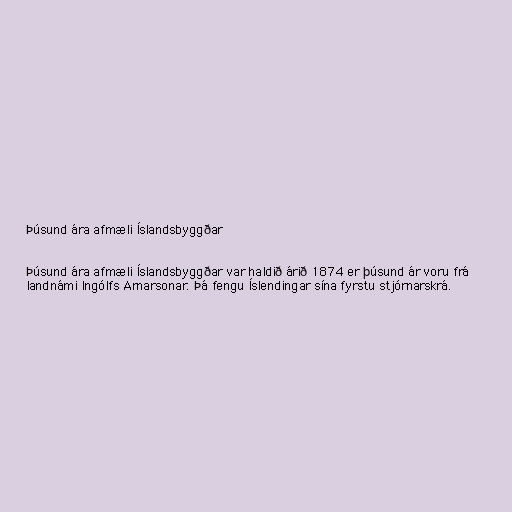
Þúsund ára afmæli Íslandsbyggðar

Þúsund ára afmæli Íslandsbyggðar var haldið árið 1874 er þúsund ár voru frá
landnámi Ingólfs Arnarsonar. Þá fengu Íslendingar sína fyrstu stjórnarskrá.